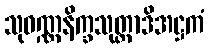
သုဝဏ္ဏနိက္ခသုတ္တာဒိအဋ္ဌကံ